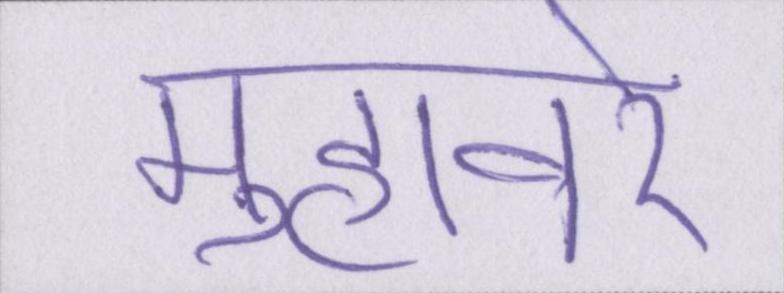
मुहावरे